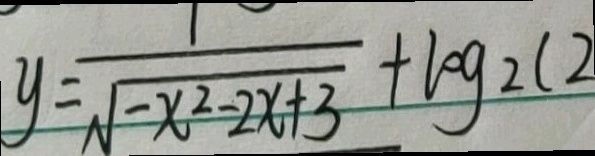
y = \frac { 1 } { \sqrt { - x ^ { 2 } - 2 x + 3 } } + \log _ { 2 } ( 2